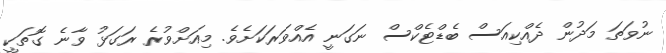
ނުވަތަ މަދުން ދެއްކިއަސް ބެޑްޓެކްސް ނަގަނީ އެއްވަރަކަށެވެ. މިއަށްވުރެ ރަގަޅު ވާނެ ގޮތަކީ